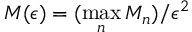
M ( \epsilon ) = ( \operatorname* { m a x } _ { n } M _ { n } ) / \epsilon ^ { 2 }